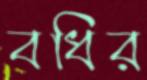
বধির